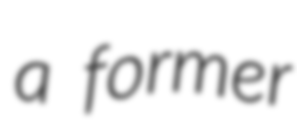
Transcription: a former